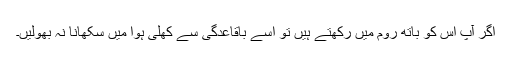
اگر آپ اِس کو باتھ روم میں رکھتے ہیں تو اسے باقاعدگی سے کھلی ہوا میں سکھانا نہ بھولیں۔